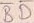
Text: BD